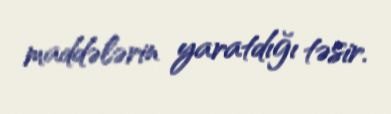
maddələrin yaratdığı təsir.